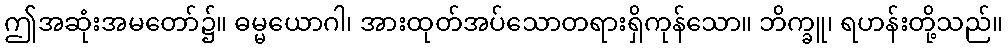
ဤအဆုံးအမတော်၌။ ဓမ္မယောဂါ၊ အားထုတ်အပ်သောတရားရှိကုန်သော။ ဘိက္ခူ၊ ရဟန်းတို့သည်။